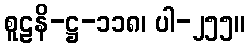
စူဠနိ-ဋ္ဌ-၁၁၈၊ ပါ-၂၅၅။